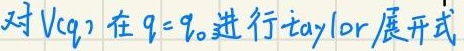
对 \(V(q)\) 在 \(q = q_0\) 进行Taylor展开式